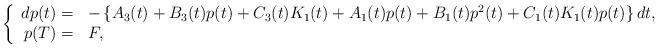
LaTeX: \begin{align*}\left\{\begin{array}[c]{rl}dp(t)= & -\left\{ A_{3}(t)+B_{3}(t)p(t)+C_{3}(t)K_{1}(t)+A_{1}(t)p(t)+B_{1}(t)p^{2}(t)+C_{1}(t)K_{1}(t)p(t)\right\} dt,\\p(T)= & F,\end{array}\right. \end{align*}